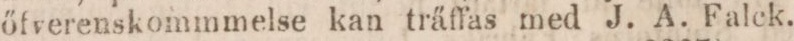
őfverenskommelse kan träffas med J. A. Falck.